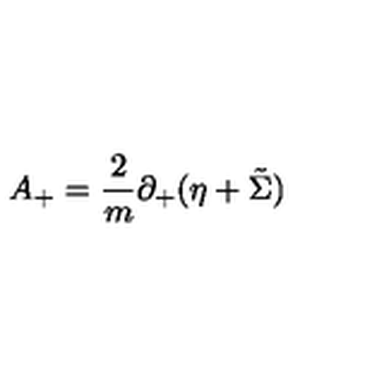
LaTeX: A _ { + } = { \frac { 2 } { m } } \partial _ { + } ( \eta + \tilde { \Sigma } )